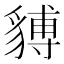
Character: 𧳵